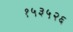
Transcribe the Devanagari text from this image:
१५३५२६